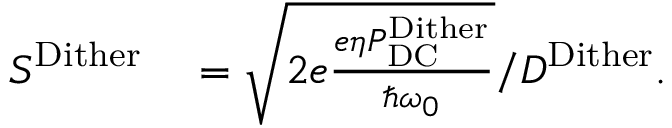
\begin{array} { r l } { S ^ { \mathrm { D i t h e r } } } & { { } = \sqrt { 2 e \frac { e \eta P _ { \mathrm { D C } } ^ { \mathrm { D i t h e r } } } { \hbar \omega _ { 0 } } } / D ^ { \mathrm { D i t h e r } } . } \end{array}